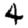
Digit: 4